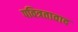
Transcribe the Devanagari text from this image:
पवित्रतावाद